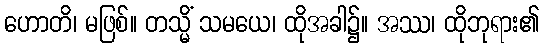
ဟောတိ၊ မဖြစ်။ တသ္မိံ သမယေ၊ ထိုအခါ၌။ အဿ၊ ထိုဘုရား၏